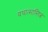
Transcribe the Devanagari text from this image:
यथात्मास्तित्वं